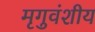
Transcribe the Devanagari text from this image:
मृगुवंशीय